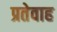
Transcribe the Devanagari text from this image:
प्रतेवाह